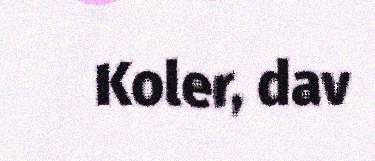
Koler, dav